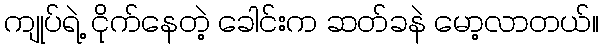
ကျုပ်ရဲ့ ငိုက်နေတဲ့ ခေါင်းက ဆတ်ခနဲ မော့လာတယ်။